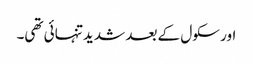
اور سکول کے بعد شدید تنہائی تھی۔